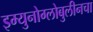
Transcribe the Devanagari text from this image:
इम्युनोग्लोबुलीनचा